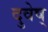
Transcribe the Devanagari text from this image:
दुवेष्